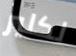
لكلير